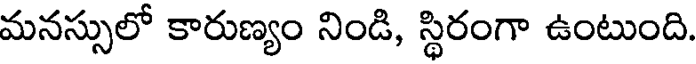
మనస్సులో కారుణ్యం నిండి, స్థిరంగా ఉంటుంది.